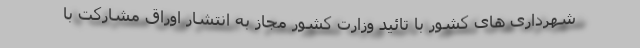
شهرداری های کشور با تائید وزارت کشور مجاز به انتشار اوراق مشارکت با